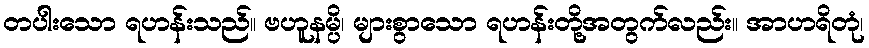
တပါးသော ရဟန်းသည်။ ဗဟူနမ္ပိ၊ များစွာသော ရဟန်းတို့အတွက်လည်း။ အာဟရိတုံ၊